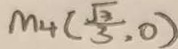
M _ { 4 } ( \frac { \sqrt { 3 } } { 3 } , 0 )